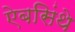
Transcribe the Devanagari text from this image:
ऐबसिंथे